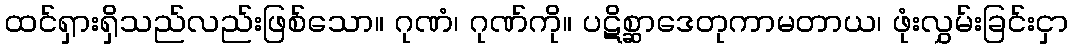
ထင်ရှားရှိသည်လည်းဖြစ်သော။ ဂုဏံ၊ ဂုဏ်ကို။ ပဋိစ္ဆာဒေတုကာမတာယ၊ ဖုံးလွှမ်းခြင်းငှာ